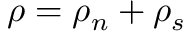
\rho = \rho _ { n } + \rho _ { s }